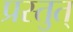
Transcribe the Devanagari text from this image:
प्रस्तुत्